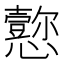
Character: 𪭁